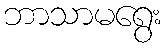
ဘာသာမရွေး